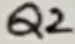
Text: Q2